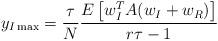
LaTeX: \begin{align*}y_{I\max}=\frac{\tau}{N}\frac{E\left[ w_{I}^{T}A(w_{I}+w_{R})\right] }{r\tau-1} \end{align*}